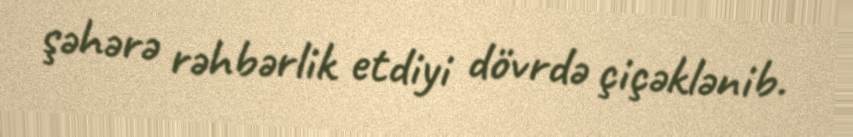
şəhərə rəhbərlik etdiyi dövrdə çiçəklənib.